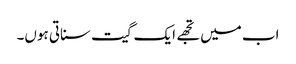
اب میں تجھے ایک گیت سناتی ہوں۔